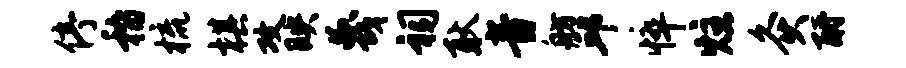
停稽梳棋攻映蔑祠耿音舫邱悴炷灸酹